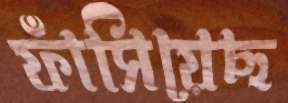
ফাঁসিয়েছ